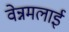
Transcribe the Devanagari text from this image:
वेन्नमलाई